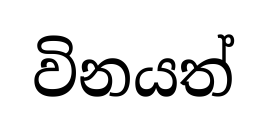
විනයත්